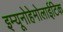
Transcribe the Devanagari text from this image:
इम्यूनोहेमोलाईटिक